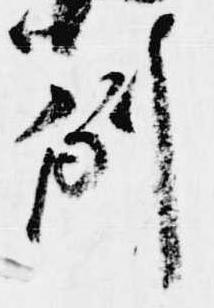
例